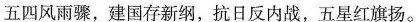
五四风雨骤，建国存新纲，抗日反内战，五星红旗扬。